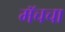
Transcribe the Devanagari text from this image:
मॅचचा